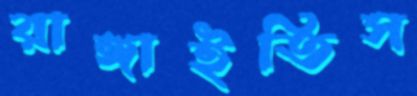
রাঙ্গাইতিস